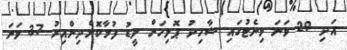
އަދި 29 ވަނަ މިނެޓުގައި ޝާހިދު ޕޮލިހަށް ލީޑު ފުޅާކޮށްދިންއިރު 37 ވަނަ